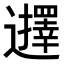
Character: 𮟢